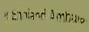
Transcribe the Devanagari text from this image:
अधिकांशता